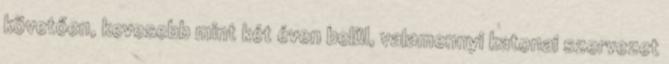
követően, kevesebb mint két éven belül, valamennyi katonai szervezet